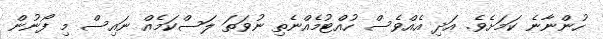
ހުންނާނެ ކަމަށެވެ. އަދި އެއްވެސް ހުއްޓުމެއްނެތި ނުވަތަ ލަސްކަމެއް ނައިސް މި ފޯނުން